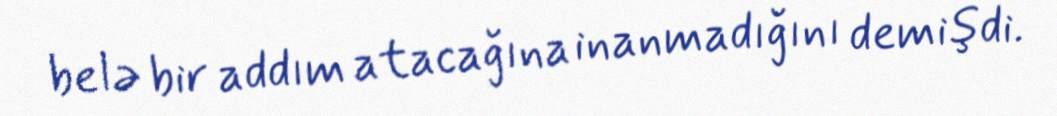
belə bir addım atacağına inanmadığını demişdi.